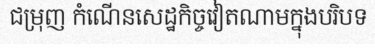
ជម្រុញ កំណើនសេដ្ឋកិច្ចវៀតណាមក្នុងបរិបទ